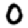
Digit: 0